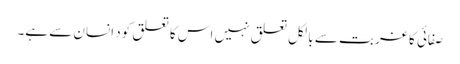
صفائی کا غربت سے بالکل تعلق نہیں اس کا تعلق کود انسان سے ہے۔